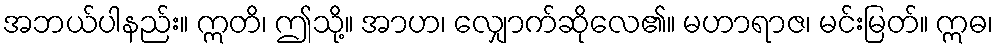
အဘယ်ပါနည်း။ ဣတိ၊ ဤသို့။ အာဟ၊ လျှောက်ဆိုလေ၏။ မဟာရာဇ၊ မင်းမြတ်။ ဣဓ၊